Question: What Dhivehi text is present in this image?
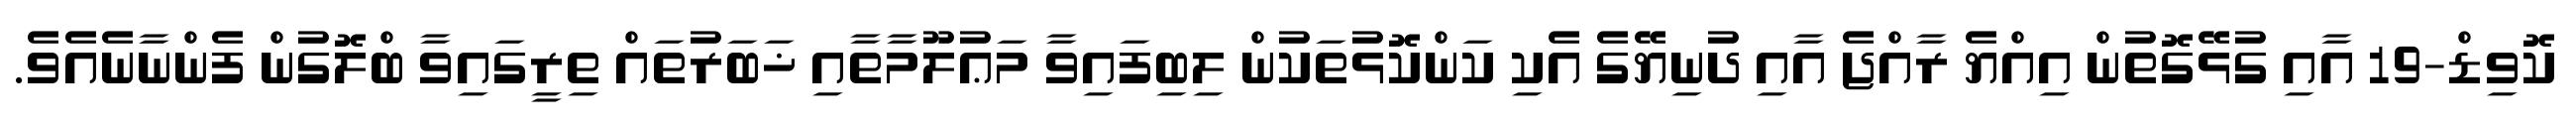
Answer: ކޮވިޑް-19 އާއި ގުޅޭގޮތުން އިއްޔެ ރާއްޖެ އާއި ދުނިޔޭގެ އެކި ކަންކޮޅުތަކުން ލިބިފައިވާ މަޢުލޫމާތާއި ޚަބަރުތައް ތިރީގައިވާ ބްލޮގުން ފެންނާނެއެވެ.